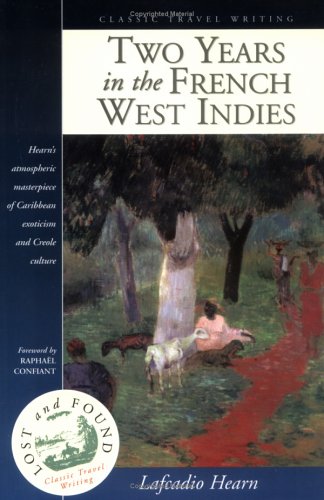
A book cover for Two Years in the French West Indies (Lost and Found Series); Lafcadio Hearn; Travel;